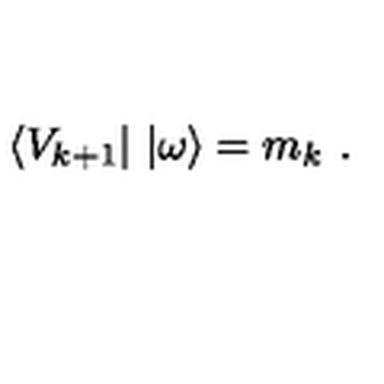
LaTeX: \langle V _ { k + 1 } | \ | \omega \rangle = m _ { k } \ .